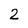
Character: 2